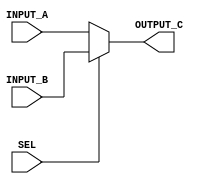
/******************************************************************************
* Module: Private - MUX Block 
*
*
* Description: implement a parameterized 2X1 MUX.
*
*
*******************************************************************************/
//********************Port Declaration*************************//

module MUX1  #(

parameter Data_Size_A = 5 ,                                //initialize a parameter variable with value 32 
parameter Data_Size_B = 5 ,                                //initialize a parameter variable with value 32 
parameter Data_Size_C = 5 )                                //initialize a parameter variable with value 32 

(
  
input wire [Data_Size_A-1 :0]              INPUT_A  , //Declaring the Variable As an Input Port with Width 32 bits
input wire [Data_Size_B-1 :0]              INPUT_B  , //Declaring the Variable As an Input Port with Width 32 bits
input wire                                 SEL      , //Declaring the Variable As an Input Port with Width 1 bit
output reg [Data_Size_C-1 :0]              OUTPUT_C   //Declaring the Variable As an Output Port with Width 32 bits
  
);

                   
//*************************** The RTL Code *****************************//
//**************** Starting Combinational Always Block *****************//

always @ (*)

begin 

 if (SEL)                     //Check If the Selction Line Is equal to one or zero to decide the output
   
   begin 
     
      OUTPUT_C = INPUT_B  ;   //The Output Is equal to the Seconed Input   
     
   end 
   
else
  
  begin 
    
    OUTPUT_C = INPUT_A  ;   //The Output Is equal to the First Input   
    
  end 
 
end 

//**********************************************************************//

endmodule